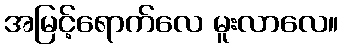
အမြင့်ရောက်လေ မူးလာလေ။